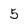
Character: 5